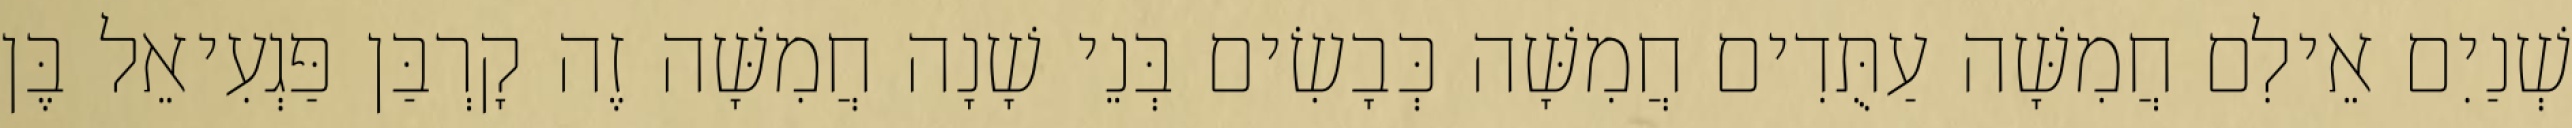
שְׁנַיִם אֵילִם חֲמִשָּׁה עַתֻּדִים חֲמִשָּׁה כְּבָשִׂים בְּנֵי שָׁנָה חֲמִשָּׁה זֶה קָרְבַּן פַּגְעִיאֵל בֶּן